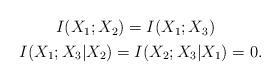
\begin{align*}\begin{gathered}I(X_1;X_2) = I(X_1;X_3) \ \ \\I(X_1;X_3|X_2) = I(X_2;X_3|X_1) = 0.\end{gathered}\end{align*}